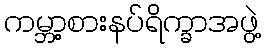
ကမ္ဘာ့စားနပ်ရိက္ခာအဖွဲ့